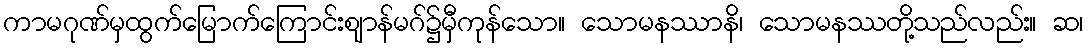
ကာမဂုဏ်မှထွက်မြောက်ကြောင်းဈာန်မဂ်၌မှီကုန်သော။ သောမနဿာနိ၊ သောမနဿတို့သည်လည်း။ ဆ၊